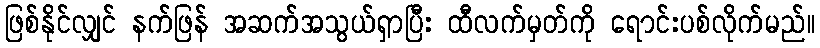
ဖြစ်နိုင်လျှင် နက်ဖြန် အဆက်အသွယ်ရှာပြီး ထီလက်မှတ်ကို ရောင်းပစ်လိုက်မည်။